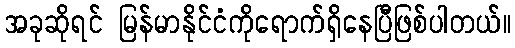
အခုဆိုရင် မြန်မာနိုင်ငံကိုရောက်ရှိနေပြီဖြစ်ပါတယ်။